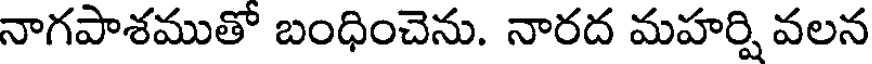
నాగపాశముతో బంధించెను. నారద మహర్షి వలన